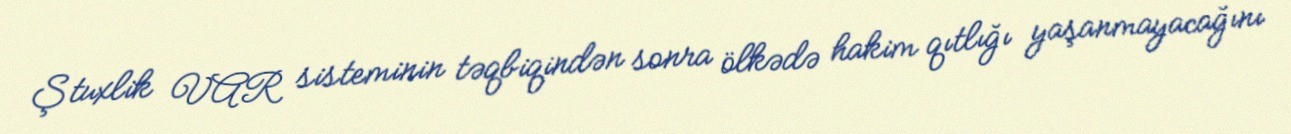
Ştuxlik VAR sisteminin təqbiqindən sonra ölkədə hakim qıtlığı yaşanmayacağını